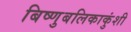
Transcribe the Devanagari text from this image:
बिष्णुबलिकाकुंशी